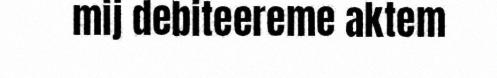
mij debiteereme aktem